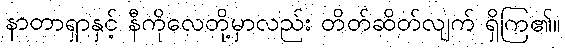
နာတာရှာနှင့် နီကိုလေတို့မှာလည်း တိတ်ဆိတ်လျက် ရှိကြ၏။